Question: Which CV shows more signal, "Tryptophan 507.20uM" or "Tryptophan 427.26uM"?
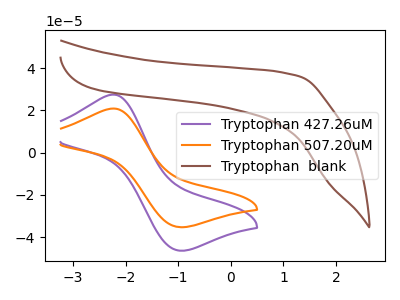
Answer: <think>The purple curve "Tryptophan 427.26uM" has an anodic peak at (-2.20V, 27.50uA) and a cathodic peak at (-1.00V, -46.35uA). The orange curve "Tryptophan 507.20uM" has an anodic peak at (-2.20V, 20.90uA) and a cathodic peak at (-1.00V, -35.20uA). The brown curve "Tryptophan  blank" has no peaks.
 All the peaks in "Tryptophan 507.20uM" have a peak in "Tryptophan 427.26uM" at the same potential. Every peak in "Tryptophan 507.20uM" is lower than every peak in "Tryptophan 427.26uM".</think>
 <answer>"Tryptophan 507.20uM" has less signal than "Tryptophan 427.26uM".</answer>
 <eval>less_signal</eval>